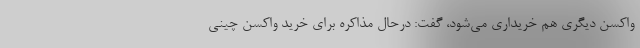
واکسن دیگری هم خریداری می‌شود، گفت: درحال مذاکره برای خرید واکسن چینی